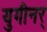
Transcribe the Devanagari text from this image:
युगीनर्